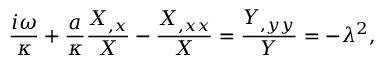
\frac { i \omega } { \kappa } + \frac { a } { \kappa } \frac { X _ { , x } } { X } - \frac { X _ { , x x } } { X } = \frac { Y _ { , y y } } { Y } = - \lambda ^ { 2 } ,